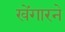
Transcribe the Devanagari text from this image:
खेंगारने